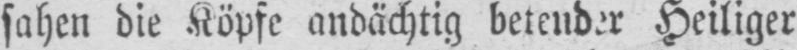
Heiliger